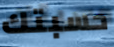
حسبتك